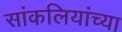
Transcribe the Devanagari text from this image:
सांकलियांच्या